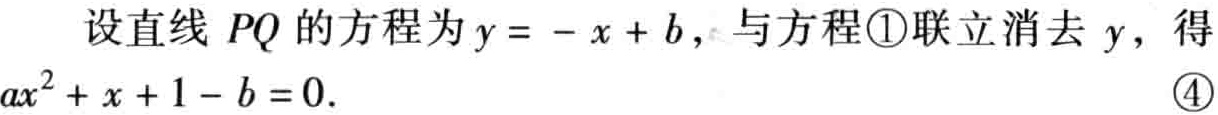
设直线 \(PQ\) 的方程为 \(y = - x + b\)，与方程\textcircled{1}联立消去 \(y\)，得

\(ax^{2}+x + 1 - b = 0.\)  \textcircled{4}